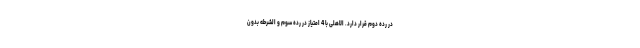
در رده دوم قرار دارد. الاهلی با 4 امتیاز در رده سوم و الشرطه بدون